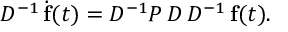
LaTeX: D ^ { - 1 } \, \dot { \mathbf { f } } ( t ) = D ^ { - 1 } P \, D \, D ^ { - 1 } \, \mathbf { f } ( t ) .